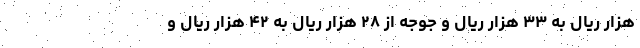
هزار ریال به ۳۳ هزار ریال و جوجه از ۲۸ هزار ریال به ۴۲ هزار ریال و